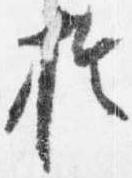
於